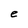
Character: e